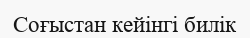
Соғыстан кейінгі билік